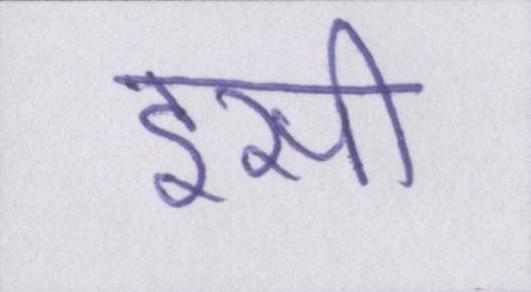
इसी